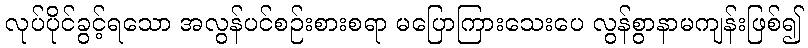
လုပ်ပိုင်ခွင့်ရသော အလွန်ပင်စဉ်းစားစရာ မပြောကြားသေးပေ လွန်စွာနာမကျန်းဖြစ်၍